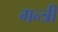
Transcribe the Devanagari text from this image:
गन्त्री